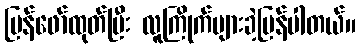
ပြန်ဖော်ထုတ်ပြီး လူကြိုက်များခဲ့ပြန်ပါတယ်။